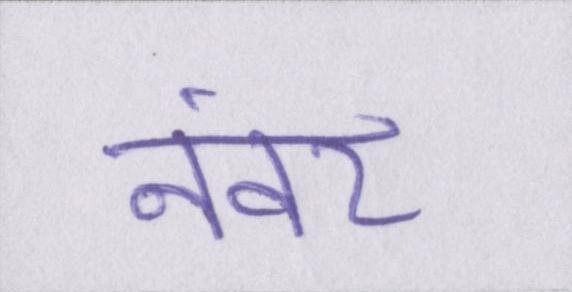
नंवर